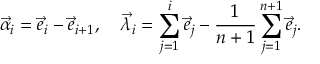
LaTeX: \vec { \alpha } _ { i } = \vec { e } _ { i } - \vec { e } _ { i + 1 } , \quad \vec { \lambda } _ { i } = \sum _ { j = 1 } ^ { i } \vec { e } _ { j } - { \frac { 1 } { n + 1 } } \sum _ { j = 1 } ^ { n + 1 } \vec { e } _ { j } .